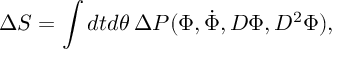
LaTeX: \Delta S = \int d t d \theta \, \Delta { \cal P } ( \Phi , \dot { \Phi } , D \Phi , D ^ { 2 } \Phi ) ,